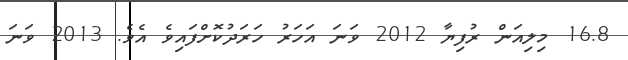
16.8 މިލިއަން ރުފިޔާ 2012 ވަނަ އަހަރު ހަރަދުކޮށްފައިވެ އެވެ. 2013 ވަނަ